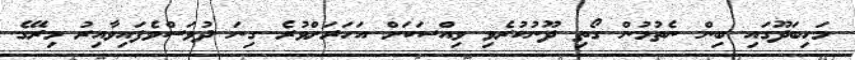
މަހިބަދޫގައި ބިން ނެތުމުން ގޯތި ދޫނުކުރެވި ވިއްސަކަށް އަހަރަށްވުރެ ގިނަ ދުވަސްވެފައިވާއިރު މިރޭގެ